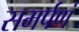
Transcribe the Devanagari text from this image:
समर्पणं